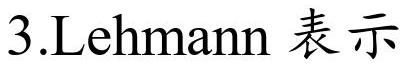
3.Lehmann 表示